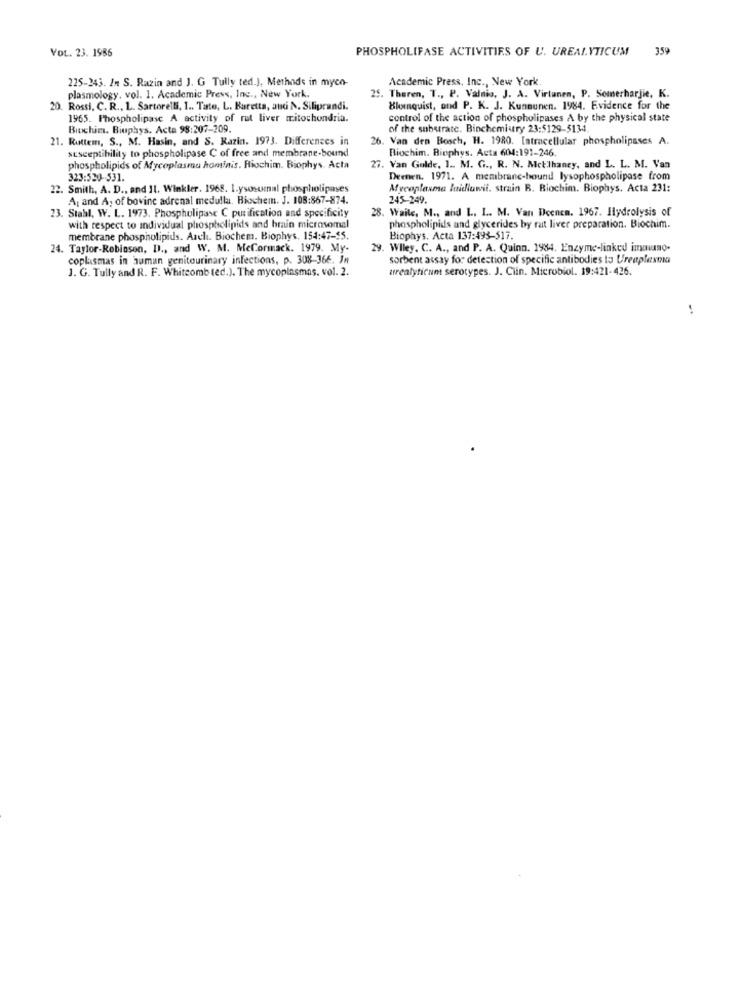
VOL. 23. 1986
PHOSPHOLIFASE ACTIVITIES OF U. UREALYTICUM
359
225-243. In S. Razin and J. G_Tully ted.J. Methods in myco-
Academic Press, Inc ., New York
plasmology, vol. 1. Academic Press, Inc ., New York.
25. Theren, T ., P. Valnio, J. A. Virtanen, P. Somerharjie, K.
20. Rossi, C. R ., L. Sartorelli, I .. Tato, L. Baretta, auci N. Siliprandi.
Blomquist, and P. K. J. Kunnunen. 1984. Evidence for the
1965. Phospholipase A activity of rut liver mitochondria.
control of the action of phospholipases A by the physical state
Biochin. Biuphys. Acta 98:207-209.
of the substrate. Binchemistry 23:5129-5134.
21. Ruttem, S ., M. Hasin, and S. Razin. 1973. Differences in
26. Van den Bosch, H. 1980. Intracellular phospholipases A.
susceptibility to phospholipase C of free and membrane-bound
Biochim. Biophys. Acta 604:191-246
phospholipids of Mycoplasma hominis. Riochim. Biophys. Acta
27. Van Golde, 1 .. M. G ., R. N. Metilhaney, and L. L. M. Van
323:520-531.
Deenen. 1971. A membrane-bound lysophospholipase from
22. Smith, A. D ., and 11. Winkler. 1968. I.ysosomal phospholipases
Mycoplasma laidlawii. strain B. Biochim. Biophys. Acta 231:
A, and A, of bovine adrenal medulla. Biochem. J. 108:867-874.
245-249.
28. Waile, M ., and L. I. M. Van Doenen. 1967. Hydrolysis of
23. Stahl, W. L. 1973. Phospholipase C purification and specificity
with respect to individual phospholipids and brain microsomal
phospholipids and glycerides by rat liver preparation. Biochim.
membrane phospholipids. Arch. Biochem. Biophys. 154:47-$5.
Biophys. Acta 137:493-517.
24. Taylor-Robinson, D ., and W. M. MeCormack. 1979. My.
29. Wiley. C. A ., and P. A. Quinn. 1984. Enzyme-linked immuno.
coplasmas in human genitourinary infections, p. 308-366. In
sorbent assay for detection of specific antibodies to Ureaplesta
J. G. Tully and R. F. Whitcomb ted.). The mycoplasmas. vol. 2.
urealyticum serotypes. J. Ciin. Microbiol. 19:421-426.
!